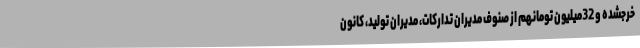
خرجشده و 32میلیون تومانهم از صنوف مدیران تدارکات، مدیران تولید، کانون